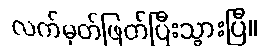
လက်မှတ်ဖြတ်ပြီးသွားပြီ။